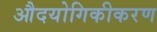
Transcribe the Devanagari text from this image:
औदयोगिकीकरण